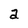
Character: a